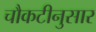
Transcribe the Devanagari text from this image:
चौकटीनुसार